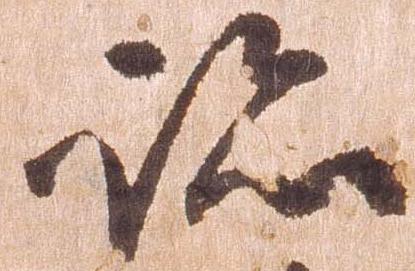
跡